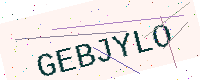
Text: GEBJYLO